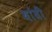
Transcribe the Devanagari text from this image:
थांबी